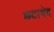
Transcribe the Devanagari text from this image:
छटाभेद